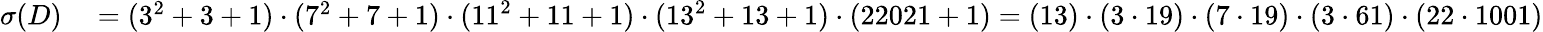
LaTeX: \begin{array}{rl}{\sigma(D)}&{{}=(3^{2}+3+1)\cdot(7^{2}+7+1)\cdot(11^{2}+11+1)\cdot(13^{2}+13+1)\cdot(22021+1)=(13)\cdot(3\cdot 19)\cdot(7\cdot 19)\cdot(3\cdot 61)\cdot(22\cdot 1001)}\end{array}